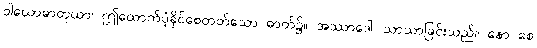
ဝါယောဓာတုယာ၊ ဤထောက်ပံ့ခိုင်စေတတ်သော ဓာတ်၌။ အဿာဒေါ၊ သာယာခြင်းသည်။ နော စေ